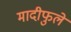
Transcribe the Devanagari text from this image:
मादीफुले